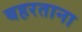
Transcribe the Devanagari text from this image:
बहरताना